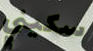
سكيني